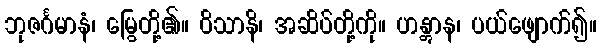
ဘုဇင်္ဂမာနံ၊ မြွေတို့၏။ ဝိသာနိ၊ အဆိပ်တို့ကို။ ဟန္တွာန၊ ပယ်ဖျောက်၍။